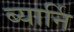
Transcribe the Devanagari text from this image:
ब्यार्नि